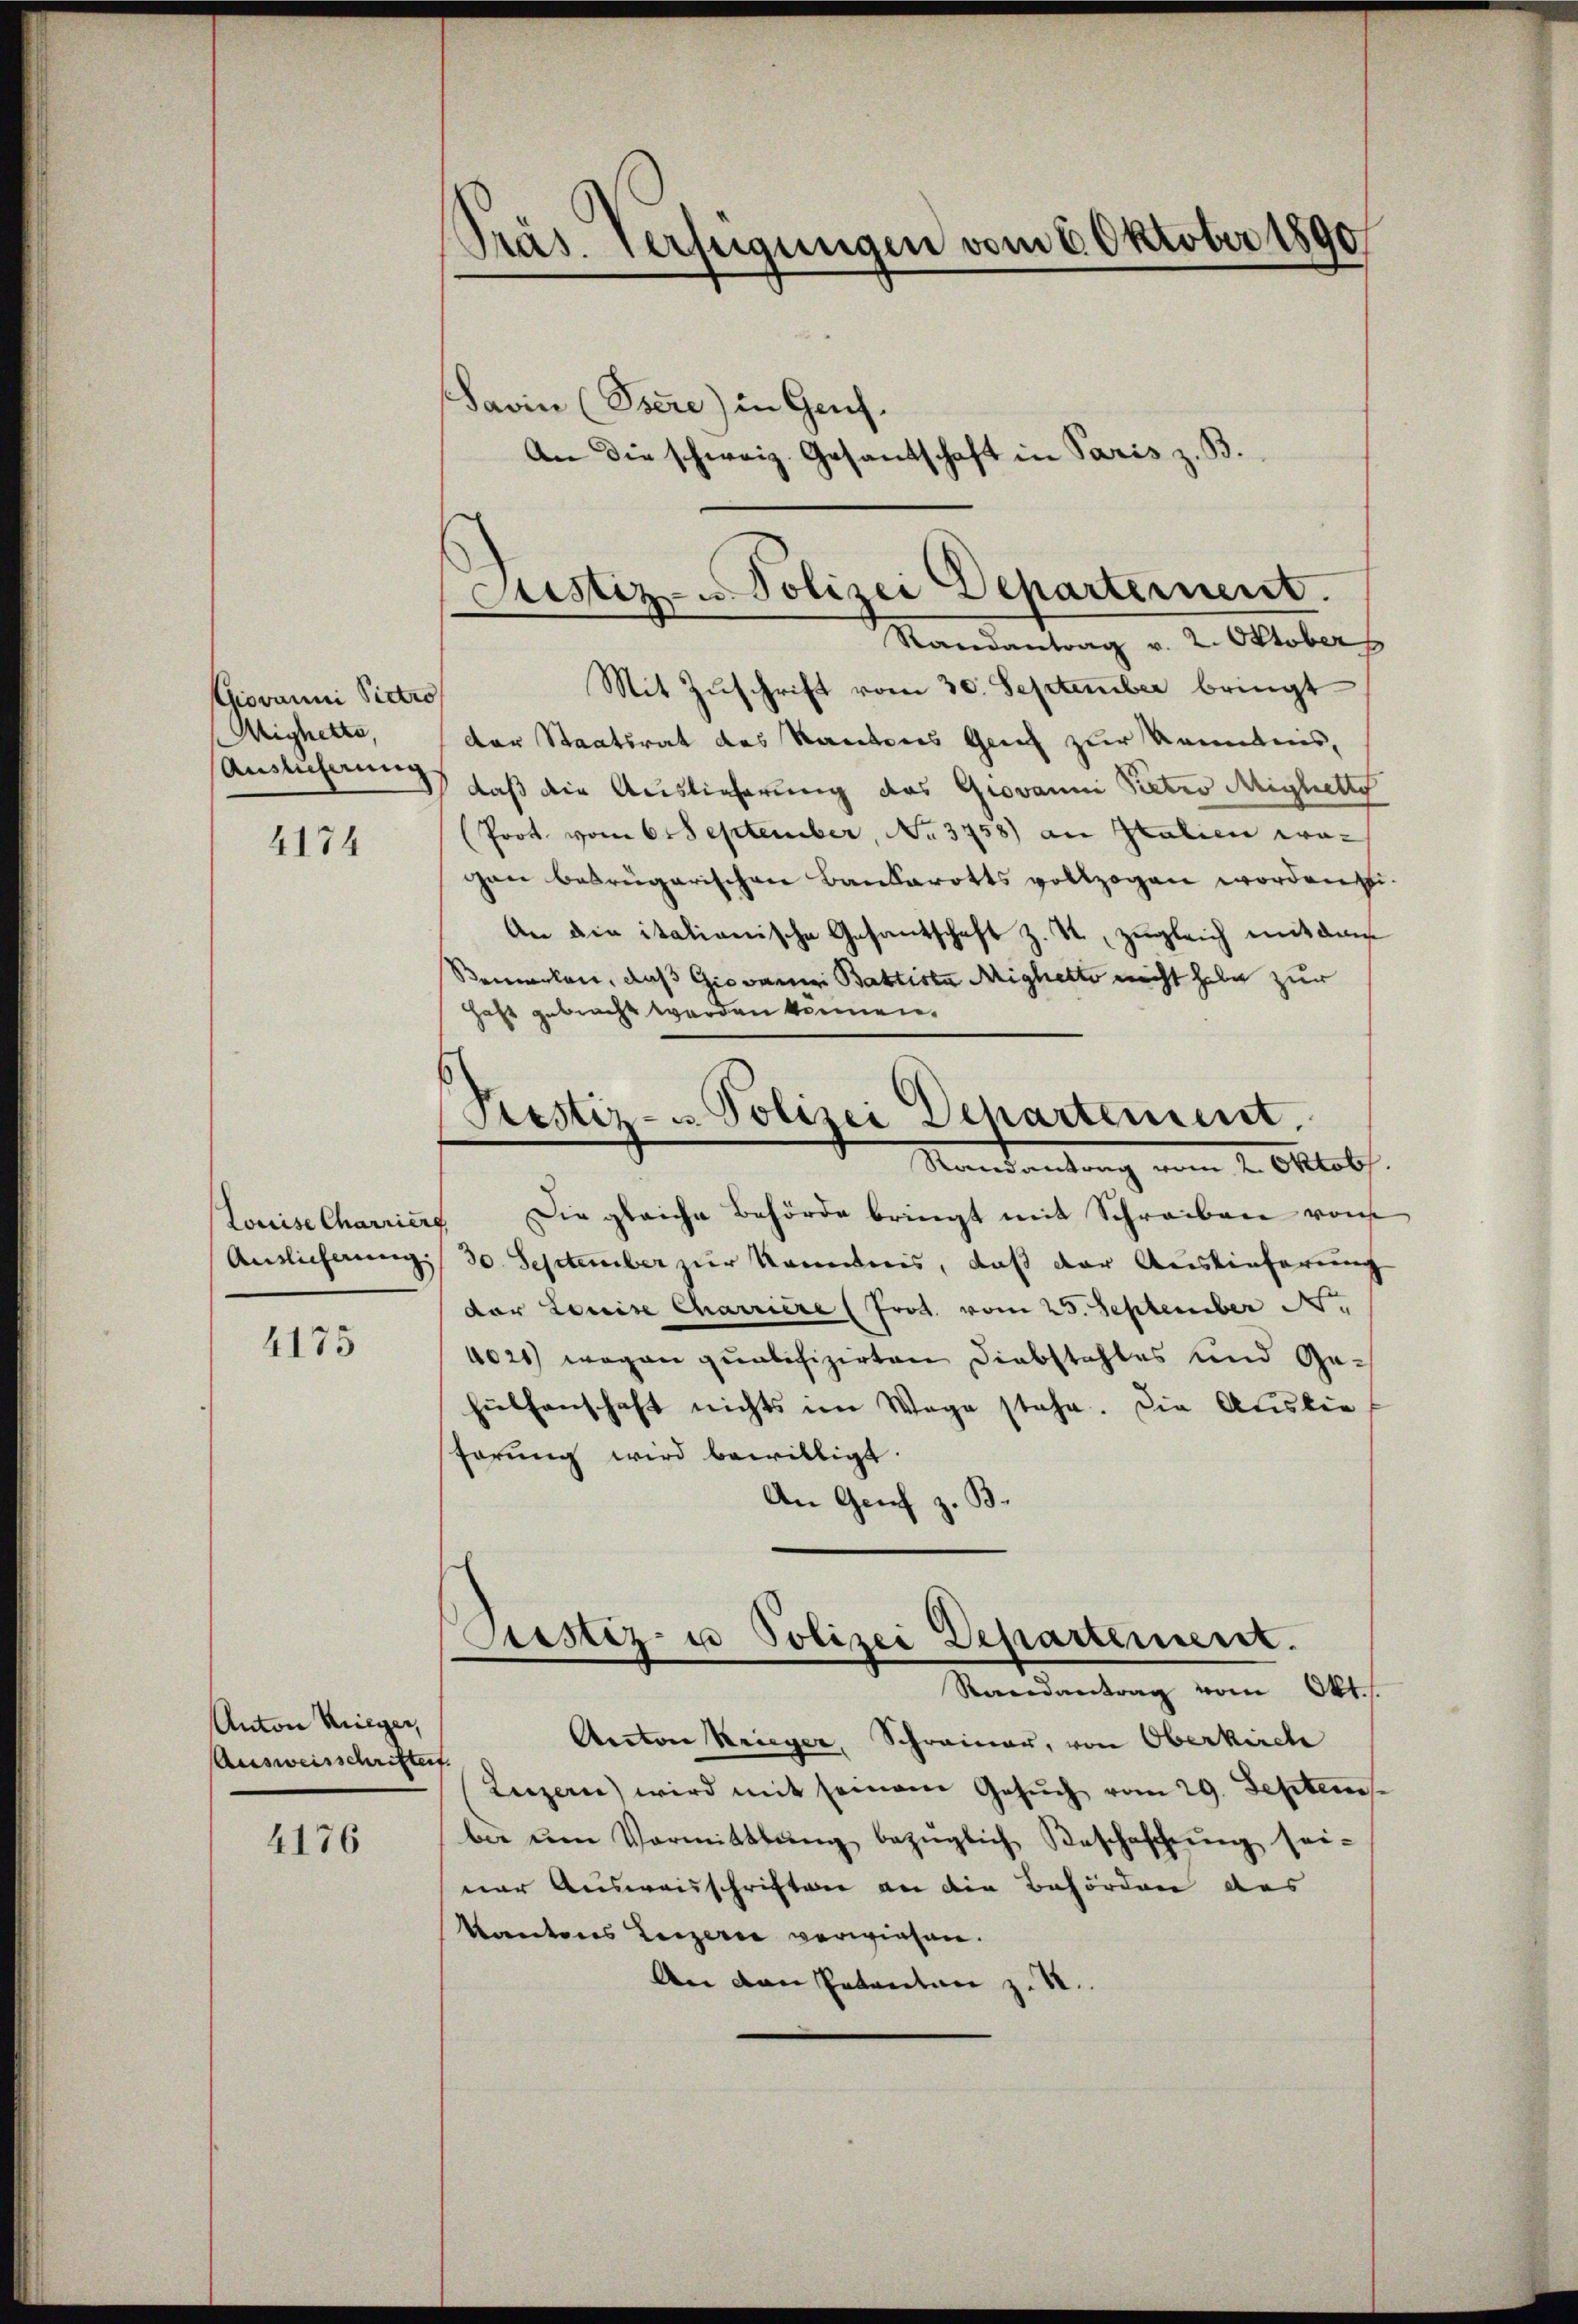
Giovanni Pietr
Mighette,
Auslieferung

4174

Louise Charrier
Anslicherung:

4175

Anton Krieger,
Ausweisschriften

4176

Präs. Verfügungen vom 6. Oktober 1890

Justiz- u. Polizei Departement.

Savin (Pere) in Genf.
An die schweiz. Gesantschaft in Paris z. B.

Randantrag v. 2. Oktober
Mit Zŭschrift vom 30. September bringt
der Staatsrat des Kantons Genf zur Kenntnis,
1) daß die Auslieferung des Grovanni Pietro Mighelle
Prot. vom 6. September, No. 3758) an Stalien wo-
gen betrügarischen Bankarotts vollzogen worden si
An die italianische Gesantschaft z. R., zugleich mit dem
Bemerken, das Giovan Battista Mighetto nicht habe zur
haft gebracht werden können.
Die gleiche Behörde bringt mit Schreiben von
f
30. September zur Kenntnis, daß der Auslieferung
der Louise Charriere (Prot. vom 25. September 1.
4021) wegen qualifizirten Diebstahles und Gehülfenschaft nichts im Wege stehe. Die Auslie
förung wird bewilligt.
An Genf z. B.
Justiz- u Polizei Departement.
Rerendantrag vom Okt
Anton Krieger, Schreiner, von Oberkirche
t.
Luzern) wird mit seinem Gesŭch vom 29. Septem
ber ŭm Vormittlung bezüglich Beschaffŭng sei-
ner Ausweisschriften an die Behörden des
Kantons Leizerne verwiesen.
An den Petentan z. B.

Prestiz- u. Polizei Departement.
Mandantung vom 2. Oktob.